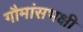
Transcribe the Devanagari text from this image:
गौमांसभक्षी